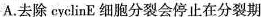
A.去除 cyclinE 细胞分裂会停止在分裂期